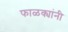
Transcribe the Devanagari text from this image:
फाळक्यांनी